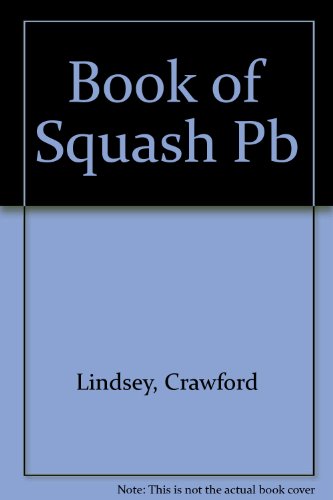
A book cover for The Book of Squash: A Total Approach to the Game; Crawford W. Lindsey; Sports & Outdoors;